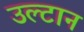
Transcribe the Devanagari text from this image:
उल्टान